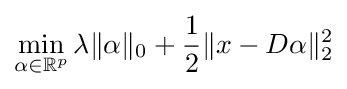
\min _{\alpha \in \mathbb {R} ^{p}}\lambda \|\alpha \|_{0}+{\frac {1}{2}}\|x-D\alpha \|_{2}^{2}